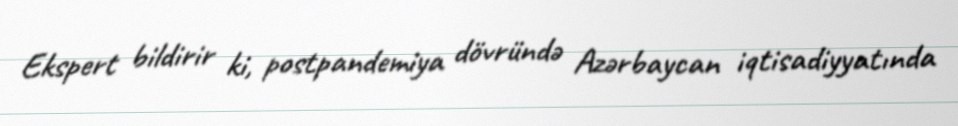
Ekspert bildirir ki, postpandemiya dövründə Azərbaycan iqtisadiyyatında